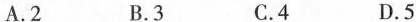
A.2 B.3 C.4 D.5